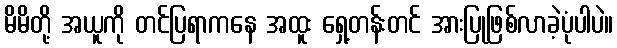
မိမိတို့ အယူကို တင်ပြရာကနေ အထူး ရှေ့တန်းတင် အားပြုဖြစ်လာခဲ့ပုံပါပဲ။